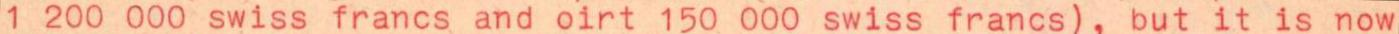
1 200 000 swiss francs and oirt 150 000 swiss francs), but it is now